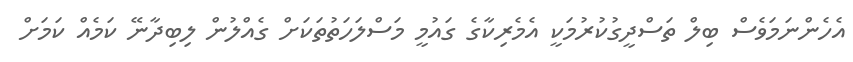
އެހެންނަމަވެސް ބިލް ތަސްދީގުކުރުމަކީ އެމެރިކާގެ ގައުމީ މަސްލަހަތުތަކަށް ގެއްލުން ލިބިދާނޭ ކަމެއް ކަމަށް